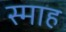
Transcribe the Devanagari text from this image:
स्माह